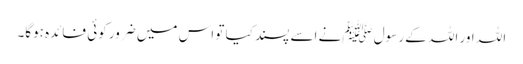
اللہ اور اللہ کے رسول ﷺنے اسے پسند کیا تو اس میں ضرور کوئی فائدہ ہوگا۔